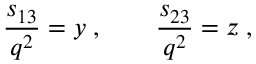
\frac { s _ { 1 3 } } { q ^ { 2 } } = y \; , \quad \quad \frac { s _ { 2 3 } } { q ^ { 2 } } = z \; ,